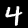
Label: 4